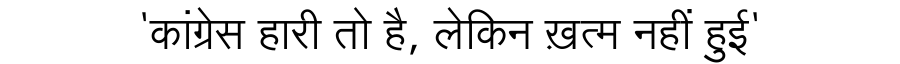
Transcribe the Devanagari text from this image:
'कांग्रेस हारी तो है, लेकिन ख़त्म नहीं हुई'